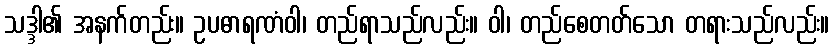
သဒ္ဒါ၏ အနက်တည်း။ ဥပဓာရဏံဝါ၊ တည်ရာသည်လည်း။ ဝါ၊ တည်စေတတ်သော တရားသည်လည်း။